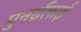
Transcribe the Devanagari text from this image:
पुनर्ढ़लाई